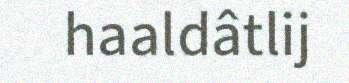
haaldâtlij